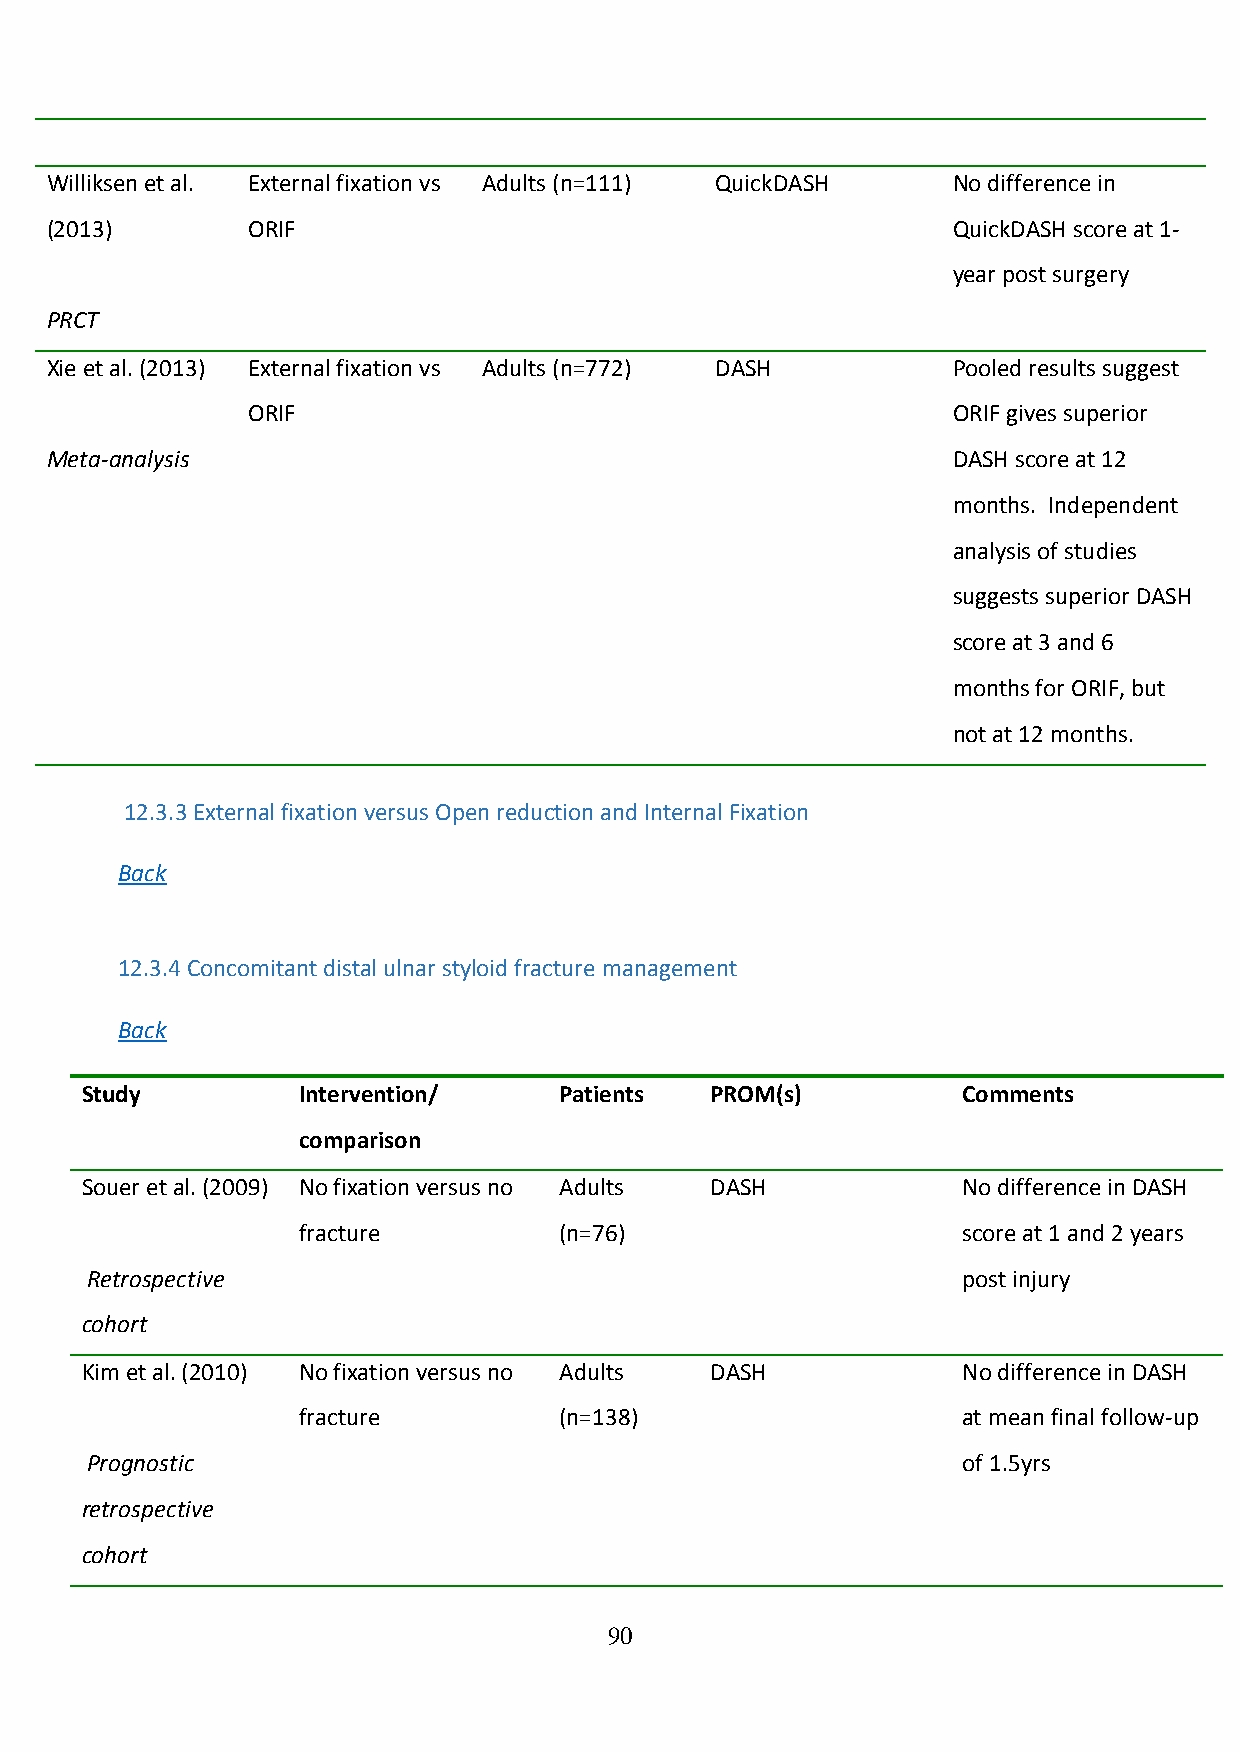
Williksen et al. External fixation vs Adults (n=111) QuickDASH No difference in
 (2013)       ORIF                                           QuickDASH score at 1-
 year post surgery
 PRCT
 Xie et al. (2013) External fixation vs Adults (n=772) DASH  Pooled results suggest
 ORIF                                           ORIF gives superior
 Meta-analysis                                               DASH score at 12
 months. Independent
 analysis of studies
 suggests superior DASH
 score at 3 and 6
 months for ORIF, but
 not at 12 months.
 12.3.3 External fixation versus Open reduction and Internal Fixation
 Back
 12.3.4 Concomitant distal ulnar styloid fracture management
 Back
 Study          Intervention/    Patients  PROM(s)          Comments
 comparison
 Souer et al. (2009) No fixation versus no Adults DASH      No difference in DASH
 fracture         (n=76)                     score at 1 and 2 years
 Retrospective                                             post injury
 cohort
 Kim et al. (2010) No fixation versus no Adults DASH        No difference in DASH
 fracture         (n=138)                    at mean final follow-up
 Prognostic                                                of 1.5yrs
 retrospective
 cohort
 90